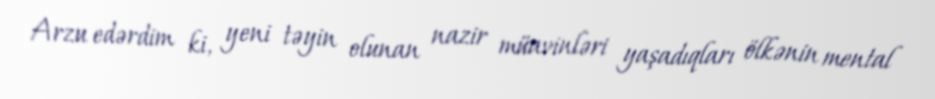
Arzu edərdim ki, yeni təyin olunan nazir müavinləri yaşadıqları ölkənin mental